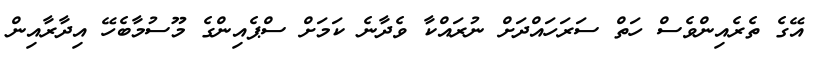
އޭގެ ތެރެއިންވެސް ހަތް ސަރަހައްދަށް ނުރައްކާ ވެދާނެ ކަމަށް ސްޕެއިންގެ މޫސުމާބެހޭ އިދާރާއިން